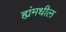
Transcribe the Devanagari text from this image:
ह्यंमधील